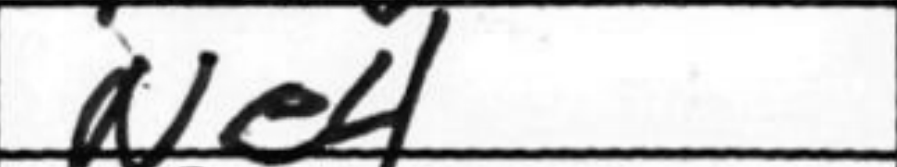
Transcription: Ne4